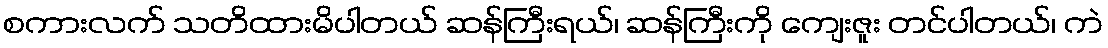
စကားလက် သတိထားမိပါတယ် ဆန်ကြီးရယ်၊ ဆန်ကြီးကို ကျေးဇူး တင်ပါတယ်၊ ကဲ